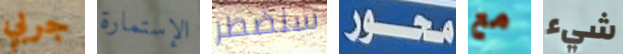
جربي الإستمارة سنضطر محور مع شيء